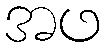
အဖ